Report on vaccination in Madras 1904-1921 - 1904-1921
Year: 1904
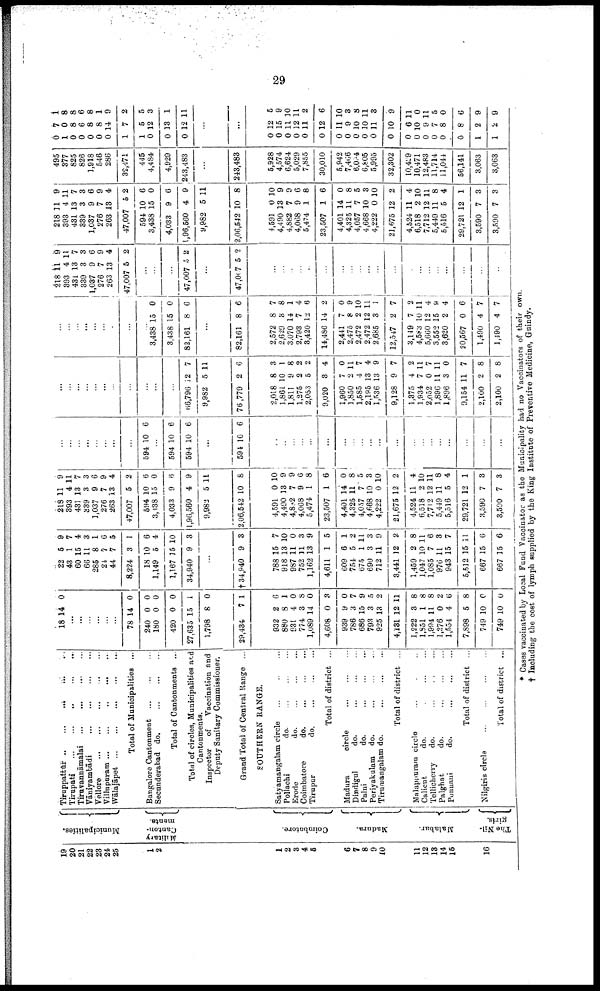
29
19
20
21
22
23
24
25
1
2
1
2
3
4
5
6
7
8
9
10
11
12
13
14
15
16
Municipalities.
Military
Canton-
ments.
Coimbatore.
Madura.
Malabar.
The Nil-
giris.
Tiruppattūr
...
...
...
...
...
Tirupati
...
...
...
...
...
Tiruvannāmalai
...
...
...
...
Vaniyambādi
...
...
...
...
...
Vellore...
...
...
...
...
...
Villupuram
...
...
...
...
...
Wālajāpet
...
...
...
...
...
Total of Municipalities ...
Bangalore Cantonment
...
...
...
Secunderabad do.
...
...
...
Total of Cantonments ...
Total of circles, Municipalities and
Cantonments.
Inspector
of
Vaccination and
Deputy Sanitary Commissioner.
Grand Total of Central Range ...
SOUTHERN RANGE.
Satyamangalam circle
...
...
...
Pollachi
do.
...
...
...
Erode
do.
...
...
...
Coimbatore
do.
...
...
...
Tirupur
do.
...
...
...
Total of district ...
Madura
circle
...
...
...
Dindigul
do.
...
...
...
Palni
do.
...
...
...
Periyakulam
do.
...
...
...
Tirumangalam do.
...
...
...
Total of district ...
Malappuram circle ... ... ...
Calicut
do. ... ... ...
Tellicherry
do.
...
...
...
Palghat
do.
...
...
...
Ponnani
do.
...
...
...
Total of district ...
Nilgiris circle
...
...
...
...
Total of district ...
18 14 0
...
...
...
...
...
...
78
240
180
420
27,635
1,798
29,434
14
0
0
0
15
8
7
0
0
0
0
1
0
1
932
880
931
774
1,089
4,608
939
786
686
793
925
4,131
1,222
1,851
1,994
1,276
1,554
7,898
749
749
2
8
4
3
14
0
9
3
15
3
13
12
3
1
11
0
4
5
10
10
6
1
0
8
0
3
0
7
9
5
2
11
8
8
8
2
6
8
0
0
22
43
60
66
285
24
44
8,224
18
1,149
1,167
34,940
5
1
15
11
8
7
7
3
10
5
15
9
9
7
4
3
1
6
5
1
6
4
10
3
...
†34,940
788
918
987
752
1,162
4,611
609
754
675
690
712
3,441
1,459
1,047
1,085
976
943
5,512
667
667
9
15
13
11
11
13
1
6
5
1
3
11
12
2
10
7
11
15
15
15
15
3
7
10
0
3
9
5
1
2
11
3
9
2
8
11
6
3
7
11
6
6
218
393
431
339
1,037
276
263
47,007
594
3,438
4,033
1,96,560
9,982
2,06,542
11
4
13
3
9
7
13
5
10
15
9
4
5
10
9
11
7
3
6
9
4
2
6
0
6
9
11
8
4,591
4,490
4,882
4,068
5,474
23,507
4,401
4,325
4,057
4,668
4,222
21,675
4,524
6,518
7,712
5,449
5,516
29,721
3,590
3,590
0
13
7
9
1
1
14
11
7
10
0
12
11
2
12
11
5
12
7
7
10
9
9
6
8
6
0
8
5
3
10
2
4
10
11
8
4
1
3
3
...
...
...
...
...
...
...
...
594 10 6
...
594
594
10
10
6
6
...
594 10 6
...
...
...
...
...
...
...
...
...
...
...
...
...
...
...
...
...
...
...
...
...
...
...
...
...
...
...
...
...
...
...
66,796
9,982
76,779
12
5
2
7
11
6
2,018
1,861
1,811
1,275
2,053
9,020
1,960
1,850
1,585
2,195
1,536
9,128
1,375
1,934
2,052
1,896
1,896
9,154
2,100
2,100
8
10
9
2
5
3
7
2
4
13
13
9
4
7
0
11
3
11
2
2
3
1
8
2
2
4
0
11
7
4
9
7
2
11
7
11
0
7
8
8
...
...
...
...
...
...
...
...
...
3,438
3,438
82,161
15
15
8
0
0
6
...
82,161 8 6
2,572
2,629
3,070
2,793
3,420
14,486
2,441
2,475
2,472
2,472
2,685
12,547
3,149
4,583
5,660
3,552
3,620
20,567
1,490
1,490
8
3
14
7
12
14
7
8
2
12
3
2
7
10
12
15
2
0
4
4
7
8
1
4
6
2
0
9
10
11
1
7
2
11
4
9
4
6
7
7
218
393
431
339
1,037
276
263
47,007
11
4
13
3
9
7
13
5
9
11
7
3
6
9
4
2
...
...
...
47,007 5 2
...
47,007 5 2
...
...
...
...
...
...
...
...
...
...
...
...
...
...
...
...
...
...
...
...
218
393
431
339
1,037
276
263
47,007
594
3,438
4,033
1,96,560
9,982
2,06,542
11
4
13
3
9
7
13
5
10
15
9
4
5
10
9
11
7
3
6
9
4
2
6
0
6
9
11
8
4,591
4,490
4,882
4,068
5,474
23,507
4,401
4,325
4,057
4,668
4,222
21,675
4,524
6,518
7,712 1
5,449
5,516
29,721
3,590
3,590
0
13
7
9
1
1
14
11
7
10
0
12
11
2
2
11
5
12
7
7
10
9
9
6
8
6
0
8
5
3
10
2
4
10
11
8
4
1
3
3
495
377
825
826
1,918
546
286
32,471
445
4,484
4,929
243,483
...
243,483
5,928
4,574
6,624
5,029
7,855
30,010
5,942
7,466
6,004
6,805
5,995
32,302
10,429
10,471
12,483
11,714
11,044
56,141
3,063
3,063
0
1
0
0
0
0
0
1
1
0
0
0
7
0
8
6
8
8
14
7
5
12
13
12
1
8
8
6
8
1
9
2
5
3
1
11
...
...
0
0
0
0
0
0
0
0
0
0
0
0
0
0
0
0
0
0
1
1
12
15
11
12
11
12
11
9
10
10
11
10
6
10
9
7
8
8
2
2
5
9
10
11
2
6
10
3
8
11
3
9
11
0
11
5
0
6
9
9
* Cases vaccinated by Local Fund Vaccinator as the Municipality had no Vaccinators of their own.
† Including the cost of lymph supplied by the King Institute of Preventive Medicine, Guindy.